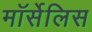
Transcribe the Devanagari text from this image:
मॉर्सेलिस